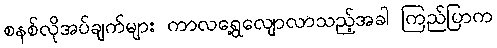
စနစ်လိုအပ်ချက်များ ကာလရွေ့လျောလာသည့်အခါ ကြည်ပြာက